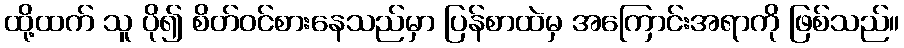
ထို့ထက် သူ ပို၍ စိတ်ဝင်စားနေသည်မှာ ပြန်စာထဲမှ အကြောင်းအရာကို ဖြစ်သည်။